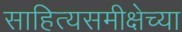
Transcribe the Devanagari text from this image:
साहित्यसमीक्षेच्या